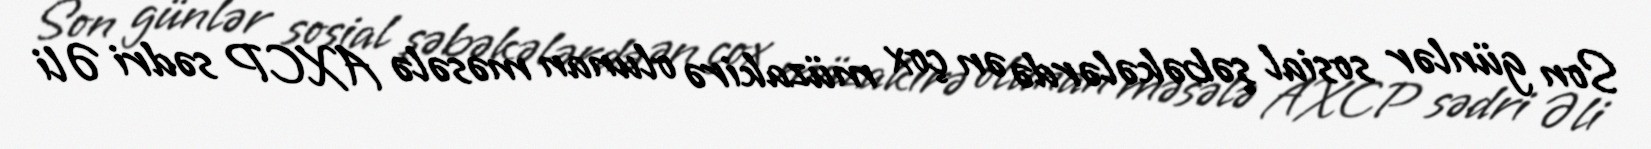
Son günlər sosial şəbəkələrdə ən çox müzakirə olunan məsələ AXCP sədri Əli